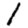
Digit: 1